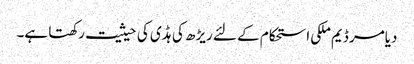
دیامر ڈیم ملکی استحکام کے لئے ریڑھ کی ہڈی کی حیثیت رکھتا ہے۔